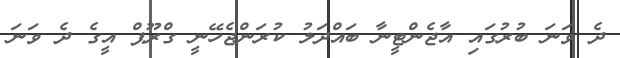
ދެ ވަނަ ބުރުގައި އާޖެންޓީނާ ބައްދަލު ކުރަންޖެހޭނީ ގްރޫޕް އީގެ ދެ ވަނަ